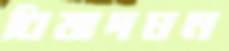
বিষাদঘন